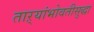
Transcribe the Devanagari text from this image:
ताऱ्यांभोवतीसुद्धा